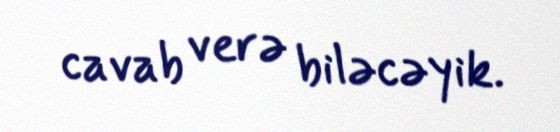
cavab verə biləcəyik.